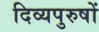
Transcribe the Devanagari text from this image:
दिव्यपुरुषों